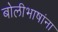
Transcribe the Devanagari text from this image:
बोलीभाषांना